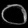
Digit: ၀